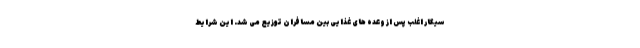
سیگار اغلب پس از وعده های غذایی بین مسافران توزیع می شد. این شرایط